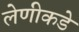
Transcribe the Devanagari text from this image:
लेणीकडे